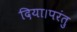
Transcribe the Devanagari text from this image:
दिया।परंतु